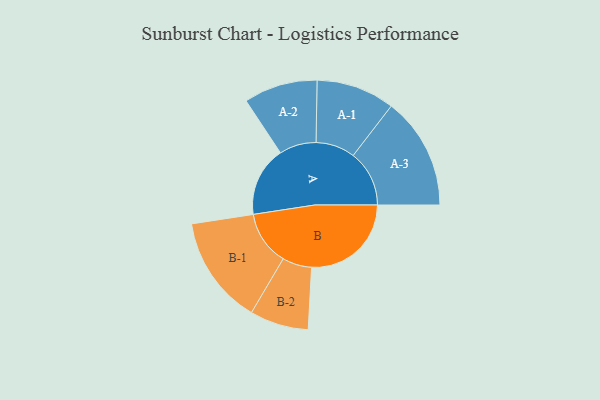
{"axis": {"x": "Segment", "y": "Value"}, "legend": ["", "A", "B"], "data": [{"x": "A", "y": 240, "type": ""}, {"x": "B", "y": 343, "type": ""}, {"x": "A-1", "y": 135, "type": "A"}, {"x": "A-2", "y": 127, "type": "A"}, {"x": "A-3", "y": 193, "type": "A"}, {"x": "B-1", "y": 187, "type": "B"}, {"x": "B-2", "y": 101, "type": "B"}]}